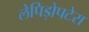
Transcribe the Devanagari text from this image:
लेपिड़ोपटेरा